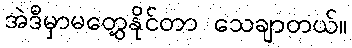
အဲဒီမှာမတွေ့နိုင်တာ သေချာတယ်။